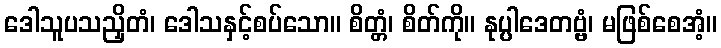
ဒေါသူပသညှိတံ၊ ဒေါသနှင့်စပ်သော။ စိတ္တံ၊ စိတ်ကို။ နုပ္ပါဒေတဗ္ဗံ၊ မဖြစ်စေအံ့။